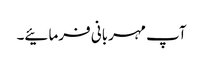
آپ مہربانی فرمائیے۔